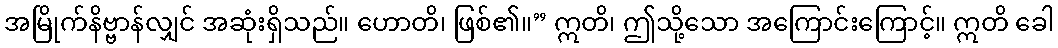
အမြိုက်နိဗ္ဗာန်လျှင် အဆုံးရှိသည်။ ဟောတိ၊ ဖြစ်၏။” ဣတိ၊ ဤသို့သော အကြောင်းကြောင့်။ ဣတိ ခေါ